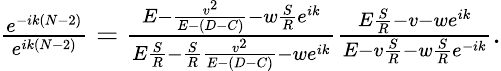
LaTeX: \begin{array}{r}{\frac{e^{-ik(N-2)}}{e^{ik(N-2)}}=\frac{E-\frac{v^{2}}{E-(D-C)}-w\frac{S}{R}e^{ik}}{E\frac{S}{R}-\frac{S}{R}\frac{v^{2}}{E-(D-C)}-we^{ik}}\frac{E\frac{S}{R}-v-we^{ik}}{E-v\frac{S}{R}-w\frac{S}{R}e^{-ik}}.}\end{array}